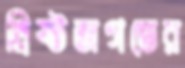
খ্রিষ্টজগতের